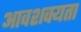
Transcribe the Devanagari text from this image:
आवशक्यता